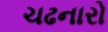
ચઢનારો